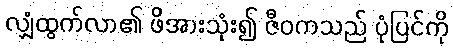
လျှံထွက်လာ၏ ဖိအားသုံး၍ ဇီဝကသည် ပုံပြင်ကို